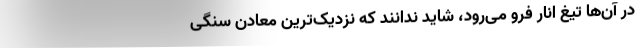
در آن‌ها تیغ انار فرو می‌رود، شاید ندانند که نزدیک‌ترین معادن سنگی